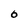
Character: O